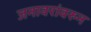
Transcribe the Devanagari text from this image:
जनावरांवरुन